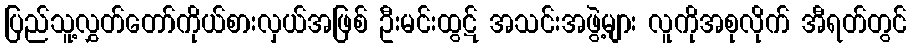
ပြည်သူ့လွှတ်တော်ကိုယ်စားလှယ်အဖြစ် ဦးမင်းထွဋ် အသင်းအဖွဲ့များ လူကိုအစုလိုက် အီရတ်တွင်